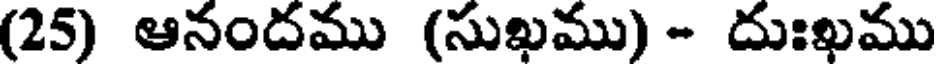
(25) ఆనందము (సుఖము) - దుఃఖము